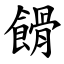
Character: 餶